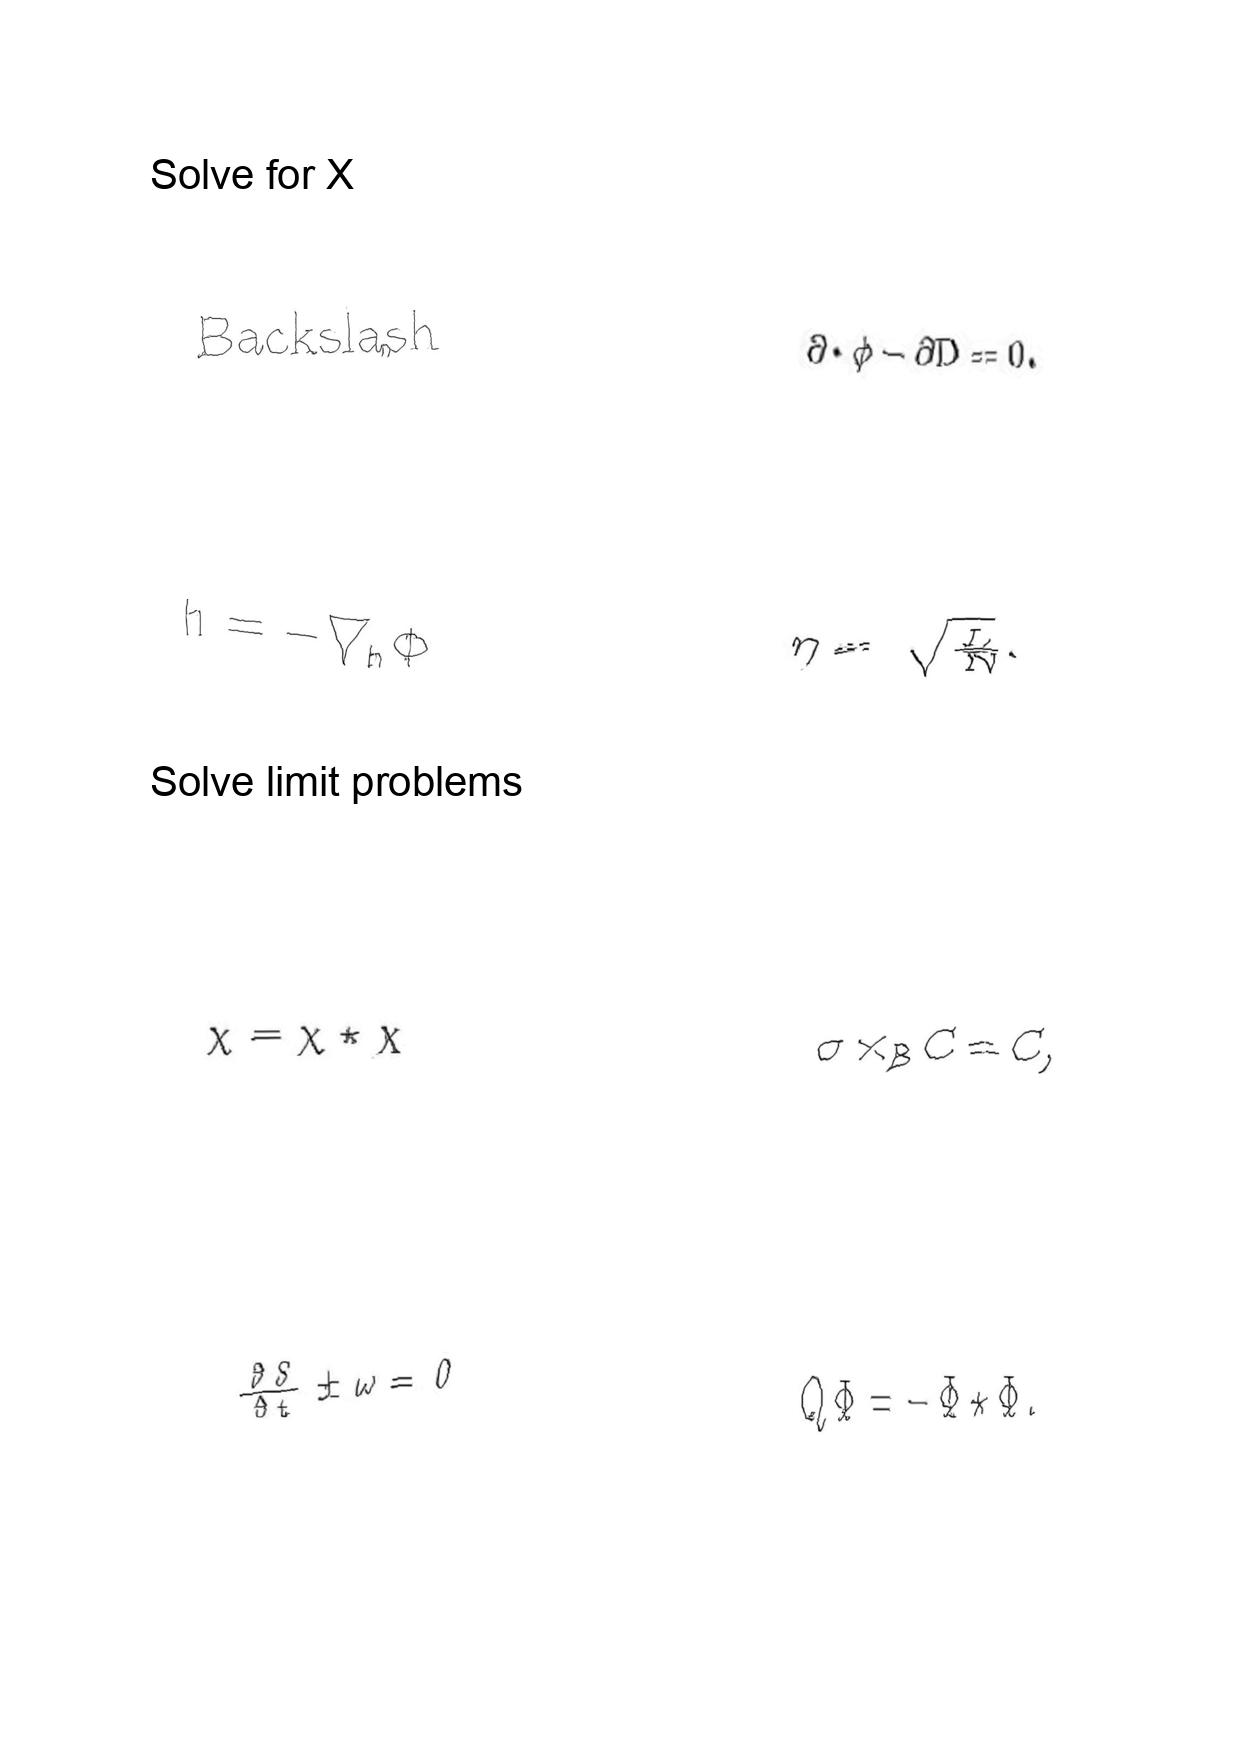
LaTeX transcription:
B a c k s l a s h
\ddot { h } = - \nabla _ { h } \Phi
\chi = \chi \star \chi
\frac { \partial S } { \partial t } \pm \omega = 0
\partial \cdot \phi - \partial D = 0 .
\eta = \sqrt { \frac { L } { N } } .
\sigma \times _ { B } C = C ,
Q \Phi = - \Phi \star \Phi .